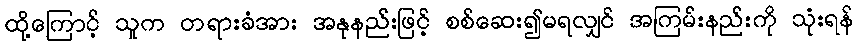
ထို့ကြောင့် သူက တရားခံအား အနုနည်းဖြင့် စစ်ဆေး၍မရလျှင် အကြမ်းနည်းကို သုံးရန်